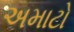
અમાટો